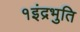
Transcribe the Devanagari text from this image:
१इंद्रभुति